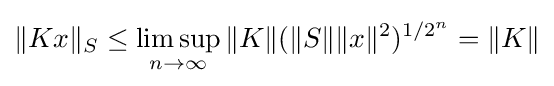
\displaystyle {\|Kx\|_{S}\leq \limsup _{n\rightarrow \infty }\|K\|(\|S\|\|x\|^{2})^{1/2^{n}}=\|K\|}